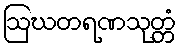
ဩဃတရဏသုတ္တံ